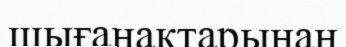
шығанақтарынан